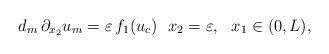
LaTeX: \begin{align*} d_m \,\partial_{x_2} u_m = \varepsilon\, f_1(u_c) \ \ x_2=\varepsilon, \ \ x_1 \in (0, L),\end{align*}